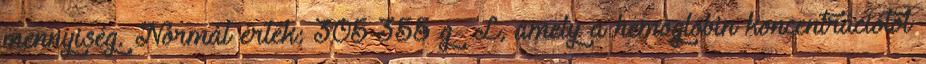
mennyiség. Normál érték: 305-355 g L, amely a hemoglobin koncentrációtól